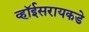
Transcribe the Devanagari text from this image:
व्हॉईसरायकडे